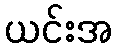
ယင်းအ